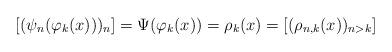
LaTeX: \begin{align*} [(\psi_n(\varphi_k(x)))_n]=\Psi(\varphi_k(x))=\rho_k(x)=[(\rho_{n,k}(x))_{n>k}] \end{align*}